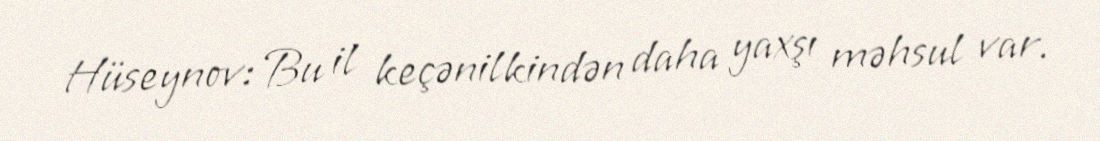
Hüseynov: Bu il keçənilkindən daha yaxşı məhsul var.